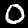
Digit: 0